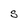
Character: S